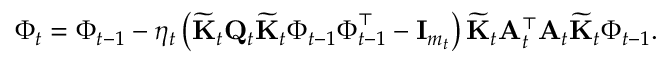
\boldsymbol { \Phi } _ { t } = \boldsymbol { \Phi } _ { t - 1 } - \eta _ { t } \left( \widetilde { \mathbf { K } } _ { t } \mathbf { Q } _ { t } \widetilde { \mathbf { K } } _ { t } \boldsymbol { \Phi } _ { t - 1 } \boldsymbol { \Phi } _ { t - 1 } ^ { \top } - \mathbf { I } _ { m _ { t } } \right) \widetilde { \mathbf { K } } _ { t } \mathbf { A } _ { t } ^ { \top } \mathbf { A } _ { t } \widetilde { \mathbf { K } } _ { t } \boldsymbol { \Phi } _ { t - 1 } .